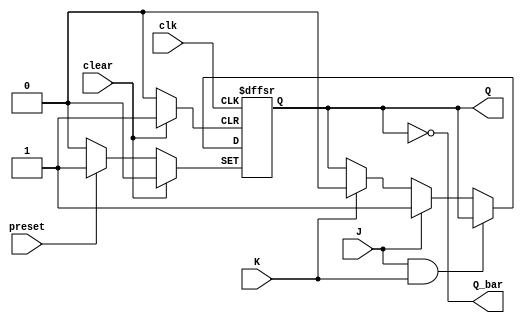
module JK_ff (
    input wire J,
    input wire K,
    input wire clk,
    input wire preset,
    input wire clear,
    output reg Q,
    output reg Q_bar
);

reg internal_Q;

always @(posedge clk or posedge preset or posedge clear) begin
    if (preset)
        internal_Q <= 1'b1;
    else if (clear)
        internal_Q <= 1'b0;
    else if (J & K)
        internal_Q <= internal_Q;
    else if (J)
        internal_Q <= 1'b1;
    else if (K)
        internal_Q <= 1'b0;
end

assign Q = internal_Q;
assign Q_bar = ~internal_Q;

endmodule